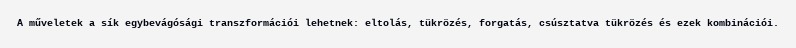
A műveletek a sík egybevágósági transzformációi lehetnek: eltolás, tükrözés, forgatás, csúsztatva tükrözés és ezek kombinációi.